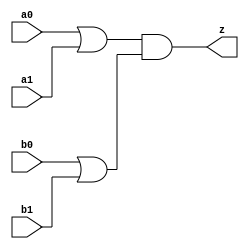
// This program was cloned from: https://github.com/siliconcompiler/lambdalib
// License: MIT License

//#############################################################################
//# Function: Or-And (oa22) Gate                                              #
//# Copyright: Lambda Project Authors. All rights Reserved.                   #
//# License:  MIT (see LICENSE file in Lambda repository)                     #
//#############################################################################

module la_oa22 #(
    parameter PROP = "DEFAULT"
) (
    input  a0,
    input  a1,
    input  b0,
    input  b1,
    output z
);

    assign z = (a0 | a1) & (b0 | b1);

endmodule